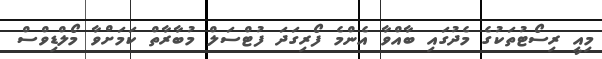
މިއީ ރިސޯޓުތަކުގެ މެދުގައި ބާއްވާ އެންމެ ފޯރިގަދަ ފުޓްސަލް މުބާރާތް ކަމަށްވާ މޯލްޑިވްސް